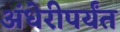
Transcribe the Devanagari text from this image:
अंधेरीपर्यंत